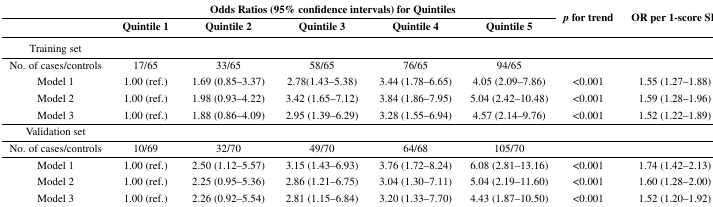
<table><thead><tr><td></td><td colspan="5"><b>Odds Ratios (95% confidence intervals) for Quintiles</b></td><td rowspan="2"><b><i>p</i> for trend</b></td><td rowspan="2"><b>OR per 1-score SD</b></td></tr><tr><td></td><td><b>Quintile 1</b></td><td><b>Quintile 2</b></td><td><b>Quintile 3</b></td><td><b>Quintile 4</b></td><td><b>Quintile 5</b></td></tr></thead><tbody><tr><td>Training set</td><td></td><td></td><td></td><td></td><td></td><td></td><td></td></tr><tr><td>No. of cases/controls</td><td>17/65</td><td>33/65</td><td>58/65</td><td>76/65</td><td>94/65</td><td></td><td></td></tr><tr><td>Model 1</td><td>1.00 (ref.)</td><td>1.69 (0.85–3.37)</td><td>2.78(1.43–5.38)</td><td>3.44 (1.78–6.65)</td><td>4.05 (2.09–7.86)</td><td>&lt;0.001</td><td>1.55 (1.27–1.88)</td></tr><tr><td>Model 2</td><td>1.00 (ref.)</td><td>1.98 (0.93–4.22)</td><td>3.42 (1.65–7.12)</td><td>3.84 (1.86–7.95)</td><td>5.04 (2.42–10.48)</td><td>&lt;0.001</td><td>1.59 (1.28–1.96)</td></tr><tr><td>Model 3</td><td>1.00 (ref.)</td><td>1.88 (0.86–4.09)</td><td>2.95 (1.39–6.29)</td><td>3.28 (1.55–6.94)</td><td>4.57 (2.14–9.76)</td><td>&lt;0.001</td><td>1.52 (1.22–1.89)</td></tr><tr><td>Validation set</td><td></td><td></td><td></td><td></td><td></td><td></td><td></td></tr><tr><td>No. of cases/controls</td><td>10/69</td><td>32/70</td><td>49/70</td><td>64/68</td><td>105/70</td><td></td><td></td></tr><tr><td>Model 1</td><td>1.00 (ref.)</td><td>2.50 (1.12–5.57)</td><td>3.15 (1.43–6.93)</td><td>3.76 (1.72–8.24)</td><td>6.08 (2.81–13.16)</td><td>&lt;0.001</td><td>1.74 (1.42–2.13)</td></tr><tr><td>Model 2</td><td>1.00 (ref.)</td><td>2.25 (0.95–5.36)</td><td>2.86 (1.21–6.75)</td><td>3.04 (1.30–7.11)</td><td>5.04 (2.19–11.60)</td><td>&lt;0.001</td><td>1.60 (1.28–2.00)</td></tr><tr><td>Model 3</td><td>1.00 (ref.)</td><td>2.26 (0.92–5.54)</td><td>2.81 (1.15–6.84)</td><td>3.20 (1.33–7.70)</td><td>4.43 (1.87–10.50)</td><td>&lt;0.001</td><td>1.52 (1.20–1.92)</td></tr></tbody></table>